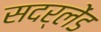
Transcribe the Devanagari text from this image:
सदर्लेंड